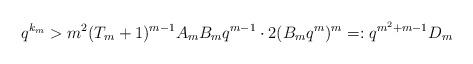
LaTeX: \begin{align*} q^{k_{m}}>m^{2}(T_{m}+1)^{m-1}A_{m}B_{m}q^{m-1}\cdot 2(B_{m}q^{m})^{m}=:q^{m^{2}+m-1}D_{m}\end{align*}